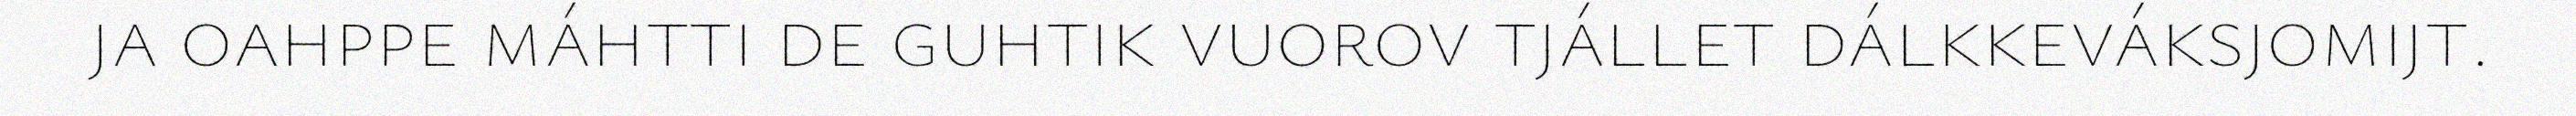
ja oahppe máhtti de guhtik vuorov tjállet dálkkeváksjomijt.